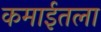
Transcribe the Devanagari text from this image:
कमाईतला